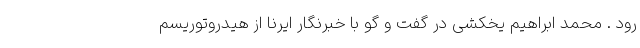
رود . محمد ابراهیم یخکشی در گفت و گو با خبرنگار ایرنا از هیدروتوریسم